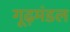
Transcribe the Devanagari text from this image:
गूढ़मंडल